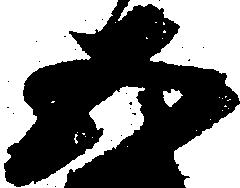
五